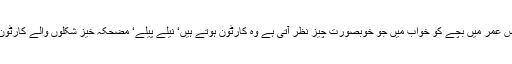
اس عمر میں بچے کو خواب میں جو خوبصورت چیز نظر آتی ہے وہ کارٹون ہوتے ہیں‘ نیلے پیلے‘ مضحکہ خیز شکلوں والے کارٹون۔